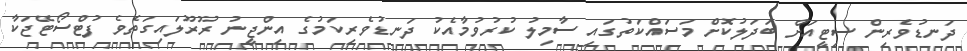
ދަނޑުވެރިން ސިޓީއަށް ބަދަލުކޮށް މަސައްކަތުގައި ސާމިލު ކުރުވުމާއެކު ދަނޑުވެރިކަމުގެ އިންޖީނު ރޫރޫލައިގަތެވެ ފުޓްސޯޓޭޖަކާ